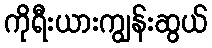
ကိုရီးယားကျွန်းဆွယ်